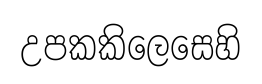
උපකකිලෙසෙහි